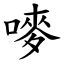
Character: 嘜